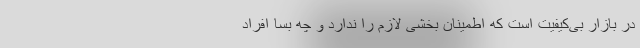
در بازار بی‌کیفیت است که اطمینان بخشی لازم را ندارد و چه بسا افراد